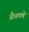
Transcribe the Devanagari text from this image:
वैधपणे